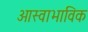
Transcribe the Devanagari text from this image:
आस्वाभाविक